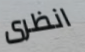
انظرى